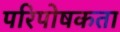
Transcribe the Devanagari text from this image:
परिपोषकता